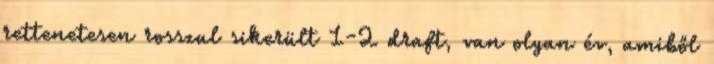
rettenetesen rosszul sikerült 1-2 draft, van olyan év, amiből